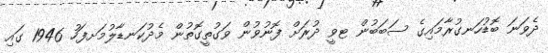
ދެވަނަ ބޮޑުހަނގުރާމައިގެ ސަބަބުން ޓވީ ދުރަށް ފޮނުވުން ވަގުތީގޮތުން މެދުކަނޑާލުމަށފަހު 1946 ގައި